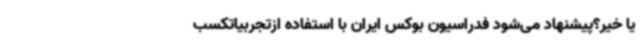
یا خیر؟پیشنهاد می‌شود فدراسیون بوکس ایران با استفاده ازتجربیاتکسب